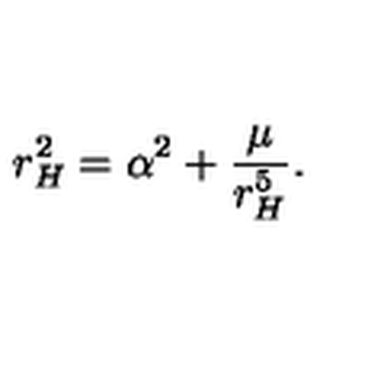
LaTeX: r _ { H } ^ { 2 } = \alpha ^ { 2 } + \frac { \mu } { r _ { H } ^ { 5 } } .